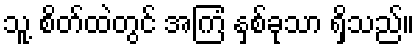
သူ့ စိတ်ထဲတွင် အကြံ နှစ်ခုသာ ရှိသည်။